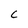
Character: C